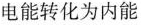
电能转化为内能